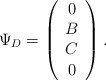
\begin{align*}\Psi_D =\left( \begin{array}{c}0\\B\\C\\0\end{array} \right).\end{align*}